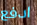
ادفع